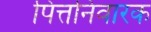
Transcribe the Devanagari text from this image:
पित्तनिवारक